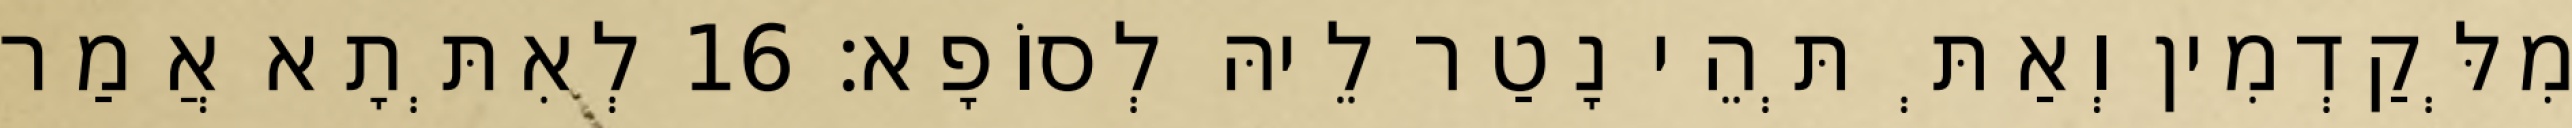
מִלְּקַדְמִין וְאַתְּ תְּהֵי נָטַר לֵיהּ לְסוֹפָא׃ 16 לְאִתְּתָא אֲמַר